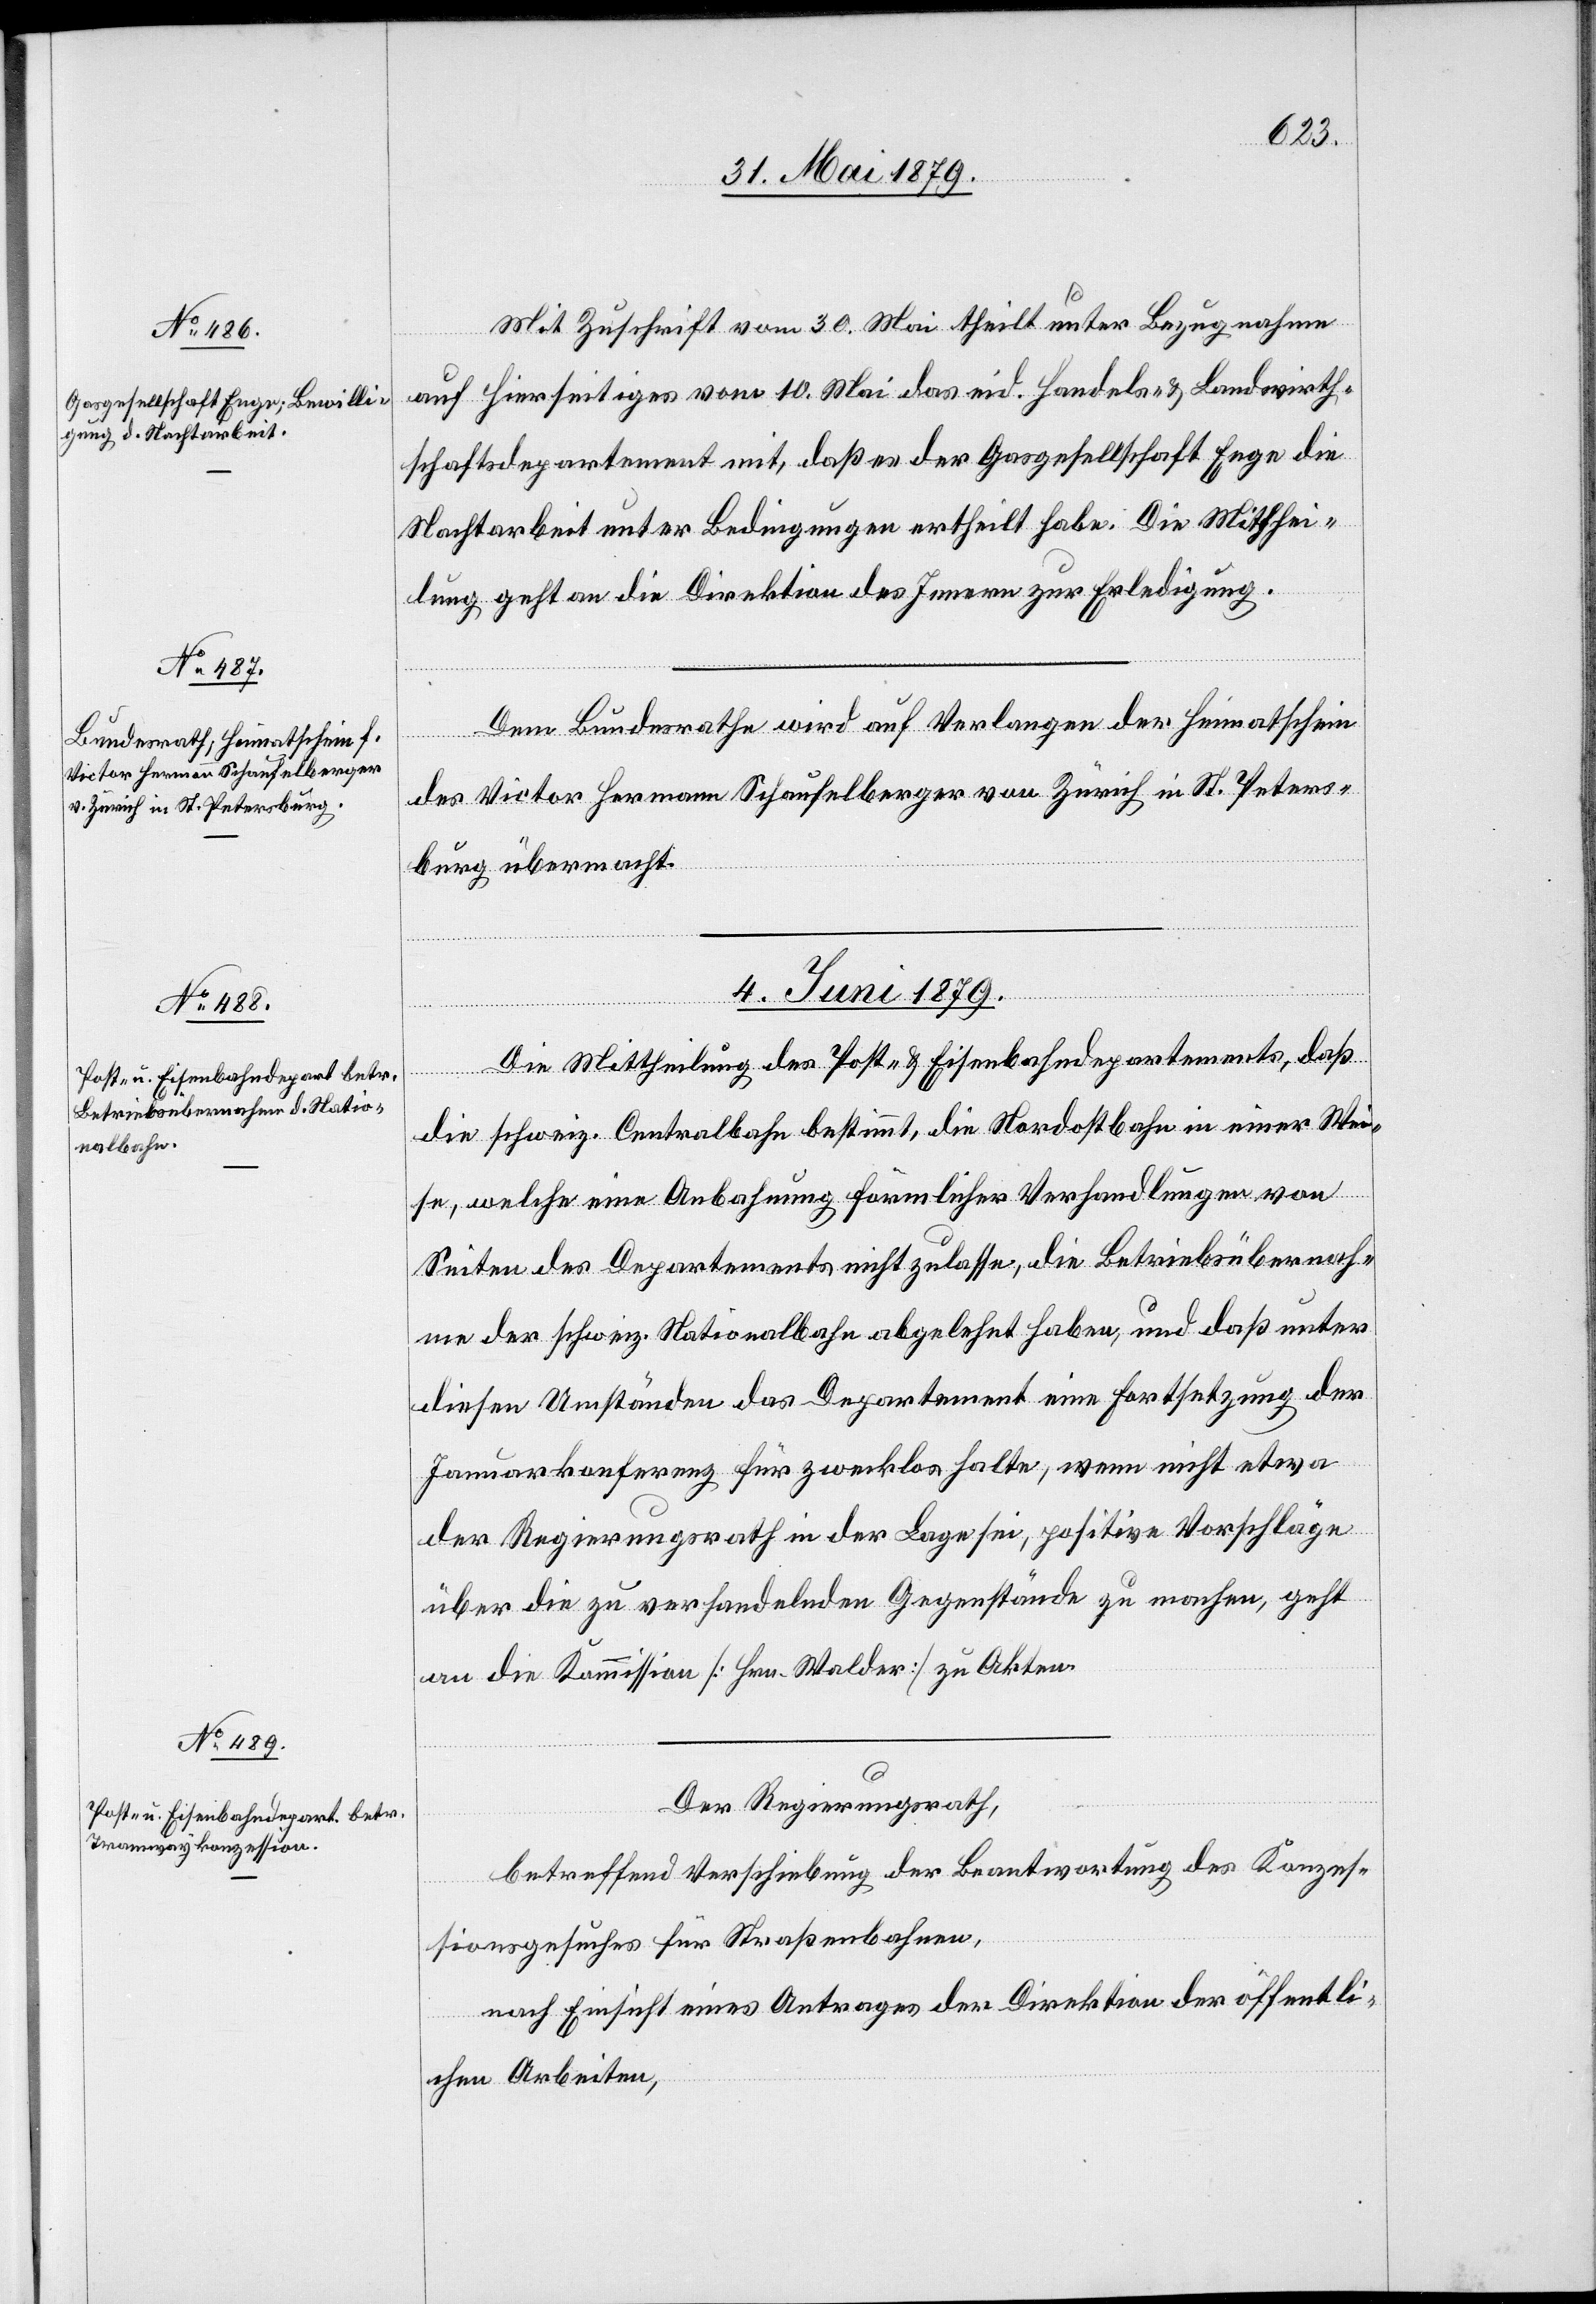
Mit Zuschrift vom 30. Mai theilt unter Bezugnahme
auf Hierseitiges vom 10. Mai das eid. Handels- & Landwirth¬
schaftsdepartement mit, daß es der Gasgesellschaft Enge die
Nachtarbeit unter Bedingungen ertheilt habe. Die Mitthei¬
lung geht an die Direktion des Innern zur Erledigung.
Dem Bundesrathe wird auf Verlangen der Heimatschein
des Victor Hermann Schaufelberger von Zürich in St. Peters¬
burg übermacht.
4. Juni 1879.]
Die Mittheilung des Post- & Eisenbahndepartements, daß
die schweiz. Centralbahn bestimmt, die Nordostbahn in einer Wei¬
se, welche eine Anbahnung förmlicher Verhandlungen von
Seiten des Departements nicht zulasse, die Betriebsübernah¬
me der schweiz. Nationalbahn abgelehnt haben, und daß unter
diesen Umständen das Departement eine Fortsetzung der
Januarkonferenz für zwecklos halte, wenn nicht etwa
der Regierungsrath in der Lage sei, positive Vorschläge
über die zu verhandelnden Gegenstände zu machen, geht
an die Kommission [Hrn. Walder] zu Akten.
Der Regierungsrath,
betreffend Verschiebung der Beantwortung des Konzes¬
sionsgesuches für Straßenbahnen,
nach Einsicht eines Antrages der Direktion der öffentli¬
chen Arbeiten,